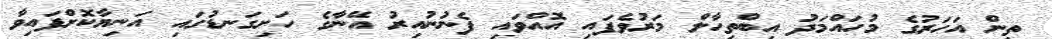
ތިން އަހަރުގެ މުހައްމަދު އިބްތިހާލް މަރުވެފައި އޮއްވައި ފެނުނުއިރު އޭނާގެ ހަށިގަނޑުގައި އަނިޔާކޮށްފައިވާ